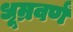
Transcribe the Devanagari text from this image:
धूम्रवर्णं